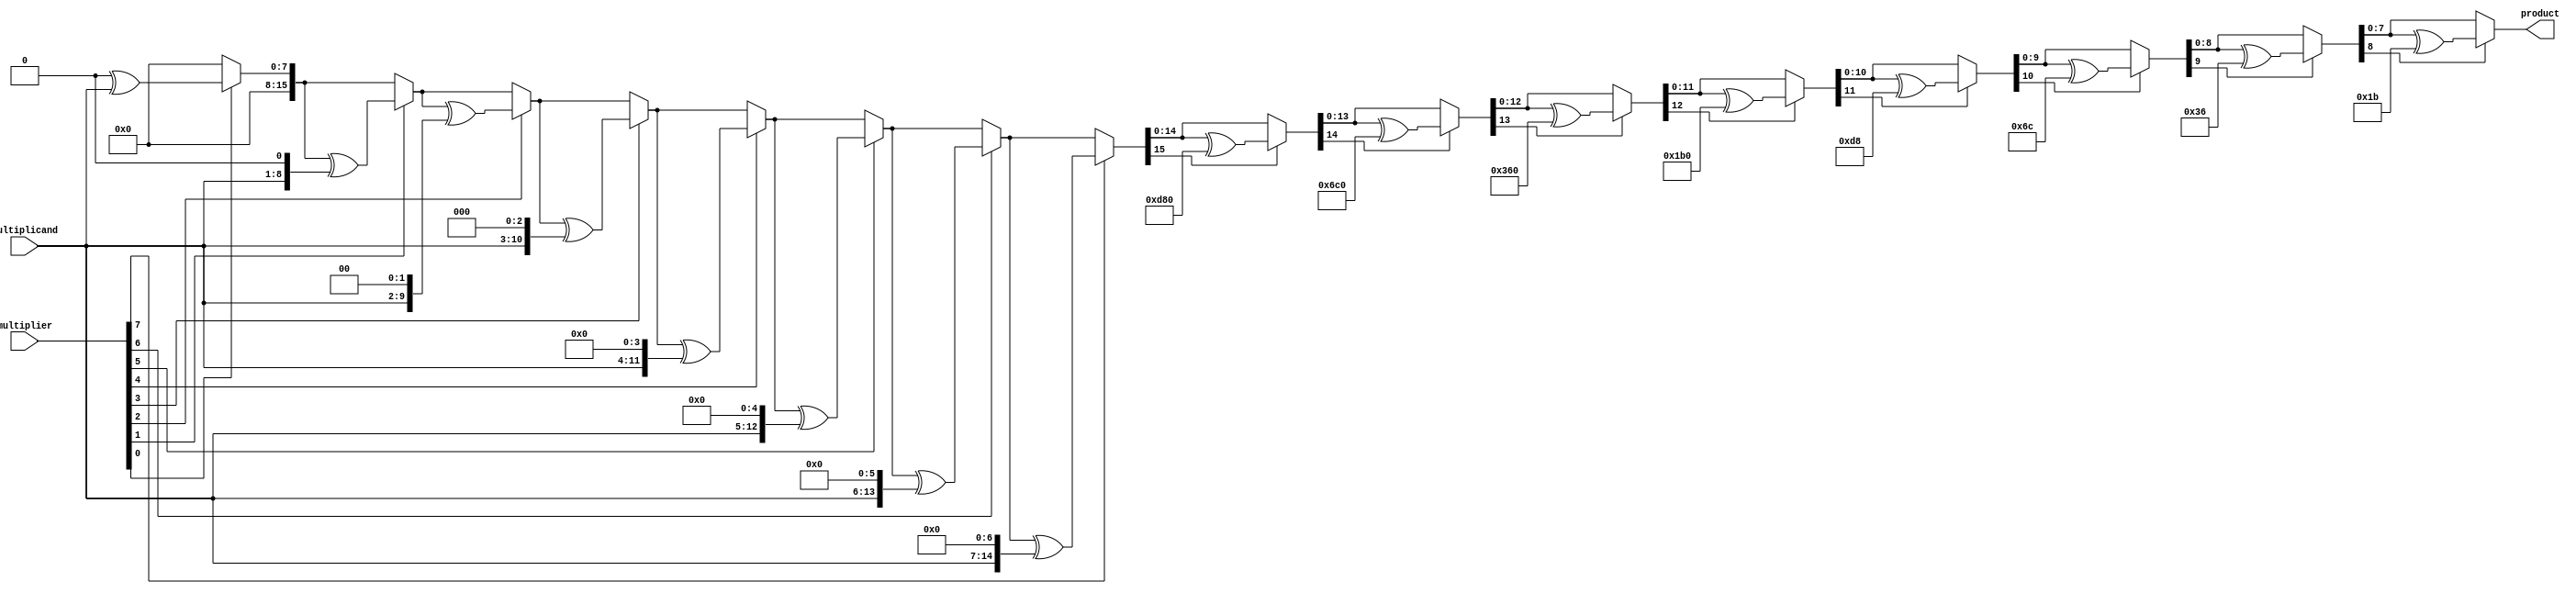
`timescale 1ns / 1ps
//////////////////////////////////////////////////////////////////////////////////
// Company: 
// Engineer: 
// 
// Design Name: 
// Module Name: Multiplier
// Project Name: 
// Target Devices: 
// Tool Versions: 
// Description: 
// 
// Dependencies: 
// 
// Revision:
// Revision 0.01 - File Created
// Additional Comments:
// 
//////////////////////////////////////////////////////////////////////////////////


module galois_multiplier(multiplicand, multiplier, product);
    parameter Size = 8;
    parameter longSize = Size*2;
    parameter const = 9'b100011011;
    output reg [Size-1:0] product;
    reg [longSize-1:0]long_product;
    input [Size-1:0] multiplicand, multiplier;
//    reg [Size-1:0] cand, lier;
    integer i = 0;
    

    
    always @ (multiplicand, multiplier) begin
    long_product = 0;
        for(i=0; i<Size; i=i+1) begin
            if(multiplier[i]) begin
                long_product = (long_product ^ (multiplicand<<i));
            end
        end
        for(i=longSize-1; i>=Size; i = i-1) begin
            if(long_product[i]) begin
                long_product = (long_product) ^((const)<<(i-Size));
            end
        end
        product = long_product[Size-1:0];
    end
        
        
endmodule